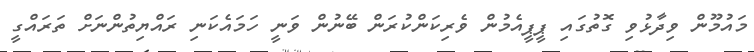
މައުމޫން ވިދާޅުވި ގޮތުގައި ޕީޕީއެމުން ވެރިކަންކުރަން ބޭނުން ވަނީ ހަމައެކަނި ރައްޔިތުންނަށް ތަރައްގީ